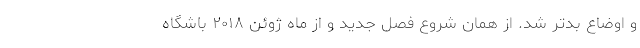
و اوضاع بدتر شد. از همان شروع فصل جدید و از ماه ژوئن ۲۰۱۸ باشگاه